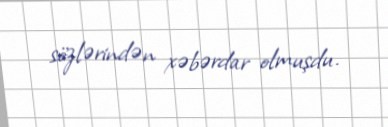
sözlərindən xəbərdar olmuşdu.